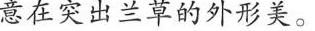
意在突出兰葛的外形美。